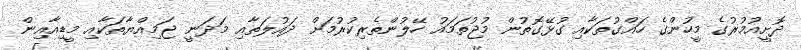
ދޮށީއުމުރުގެ މީހުންގެ ހައްގުތަކާއި ގުޅޭގޮތުން މުޖުތަމައު ހޭލުންތެރިކުރުމަށް ދައުލަތާއި މަދަނީ ޖަމިއްޔާތަކާއި މީޑިއާއިން